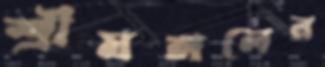
শ্রীমঙ্গলের